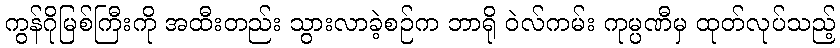
ကွန်ဂိုမြစ်ကြီးကို အထီးတည်း သွားလာခဲ့စဉ်က ဘာရို ဝဲလ်ကမ်း ကုမ္ပဏီမှ ထုတ်လုပ်သည့်